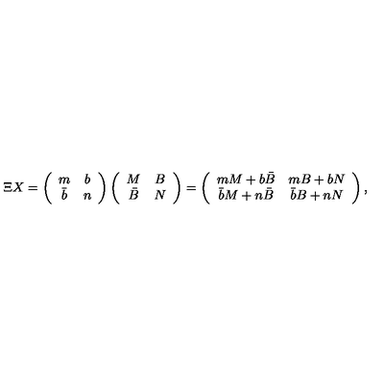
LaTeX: \Xi X = \left( \begin{array} { c c } { m } & { b } \\ { \bar { b } } & { n } \\ \end{array} \right) \left( \begin{array} { c c } { M } & { B } \\ { \bar { B } } & { N } \\ \end{array} \right) = \left( \begin{array} { c c } { m M + b \bar { B } } & { m B + b N } \\ { \bar { b } M + n \bar { B } } & { \bar { b } B + n N } \\ \end{array} \right) ,